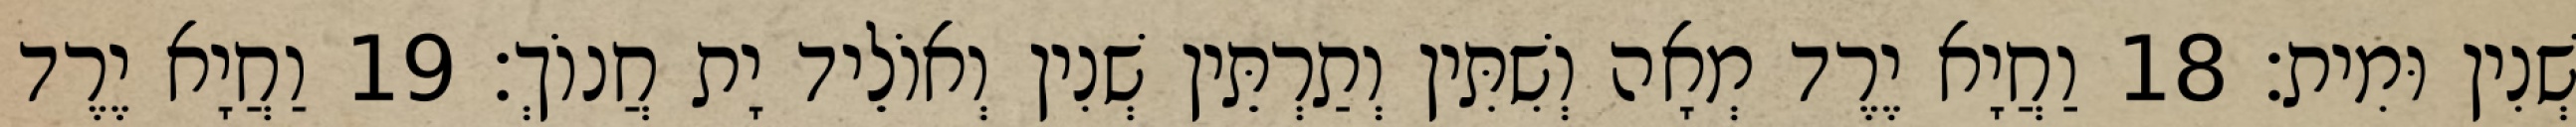
שְׁנִין וּמִית׃ 18 וַחֲיָא יֶרֶד מְאָה וְשִׁתִּין וְתַרְתֵּין שְׁנִין וְאוֹלֵיד יָת חֲנוֹךְ׃ 19 וַחֲיָא יֶרֶד